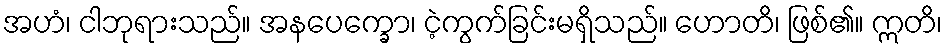
အဟံ၊ ငါဘုရားသည်။ အနပေက္ခော၊ ငဲ့ကွက်ခြင်းမရှိသည်။ ဟောတိ၊ ဖြစ်၏။ ဣတိ၊